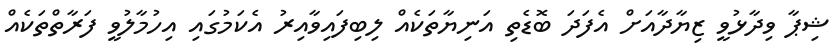
ޝިޕާ ވިދާޅުވީ ޒިޔާދާއަށް އެފަދަ ބޮޑެތި އަނިޔާތަކެއް ލިބިފައިވާއިރު އެކަމުގައި އިހުމާލުވީ ފަރާތްތަކެއް